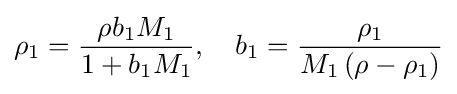
\rho _{1}={\frac {\rho b_{1}M_{1}}{1+b_{1}M_{1}}},\quad b_{1}={\frac {\rho _{1}}{M_{1}\left(\rho -\rho _{1}\right)}}